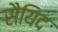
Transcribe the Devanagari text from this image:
सैयिद